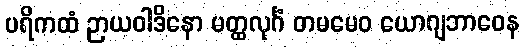
ပရိကထံ ဉာယဝါဒိနော မတ္ထလုင်္ဂံ တမမေဝ ယောဂျဘာဝေန